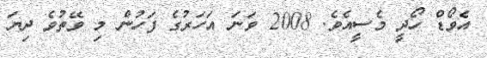
އެވޯޑް ހޯދީ މެސީއެވެ. 2008 ވަނަ އަހަރުގެ ފަހުން މި ވޭތުވެ ދިޔަ